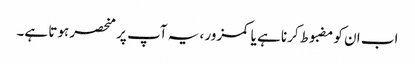
اب ان کو مضبوط کرنا ہے یا کمزور ، یہ آپ پر منحصر ہوتا ہے۔